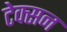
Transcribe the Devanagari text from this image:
टेक्सन